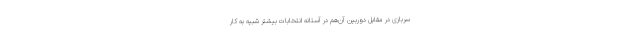
سربازی در مقابل دوربین آن‌هم در آستانه انتخابات بیشتر شبیه به کار